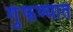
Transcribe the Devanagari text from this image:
गुंफण्यात